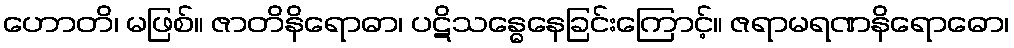
ဟောတိ၊ မဖြစ်။ ဇာတိနိရောဓာ၊ ပဋိသန္ဓေနေခြင်းကြောင့်။ ဇရာမရဏနိရောဓော၊